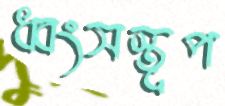
ধ্বংসস্তূপ